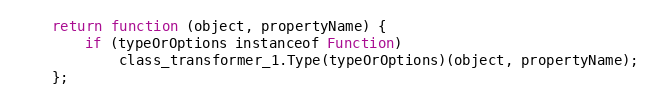
Language: JavaScript
    return function (object, propertyName) {
        if (typeOrOptions instanceof Function)
            class_transformer_1.Type(typeOrOptions)(object, propertyName);
    };